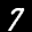
Label: 7